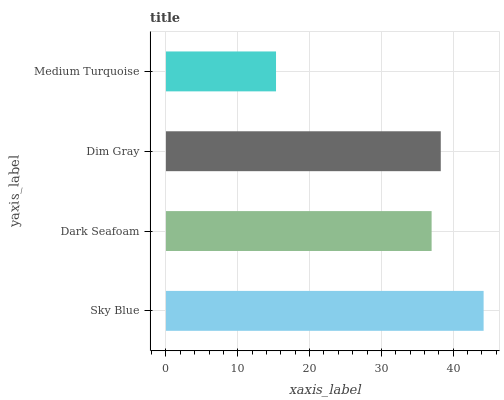
| yaxis_label | bars |
 | --- | --- |
 | Sky Blue | 44.2 |
 | Dark Seafoam | 37 |
 | Dim Gray | 38.3 |
 | Medium Turquoise | 15.3 |